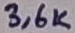
Text: 3,6K